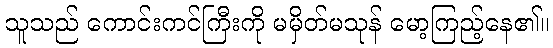
သူသည် ကောင်းကင်ကြီးကို မမှိတ်မသုန် မော့ကြည့်နေ၏။